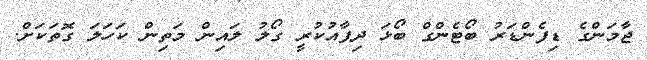
ޖާމަންގެ ޑިފެންޑަރު ބޯޓެންގް ބޯޯޅަ ދިފާއުކުރީ ގޯލު ލައިން މަތިން ކަހަލަ ގޮތަކަށް.